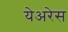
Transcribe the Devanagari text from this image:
येअरेस